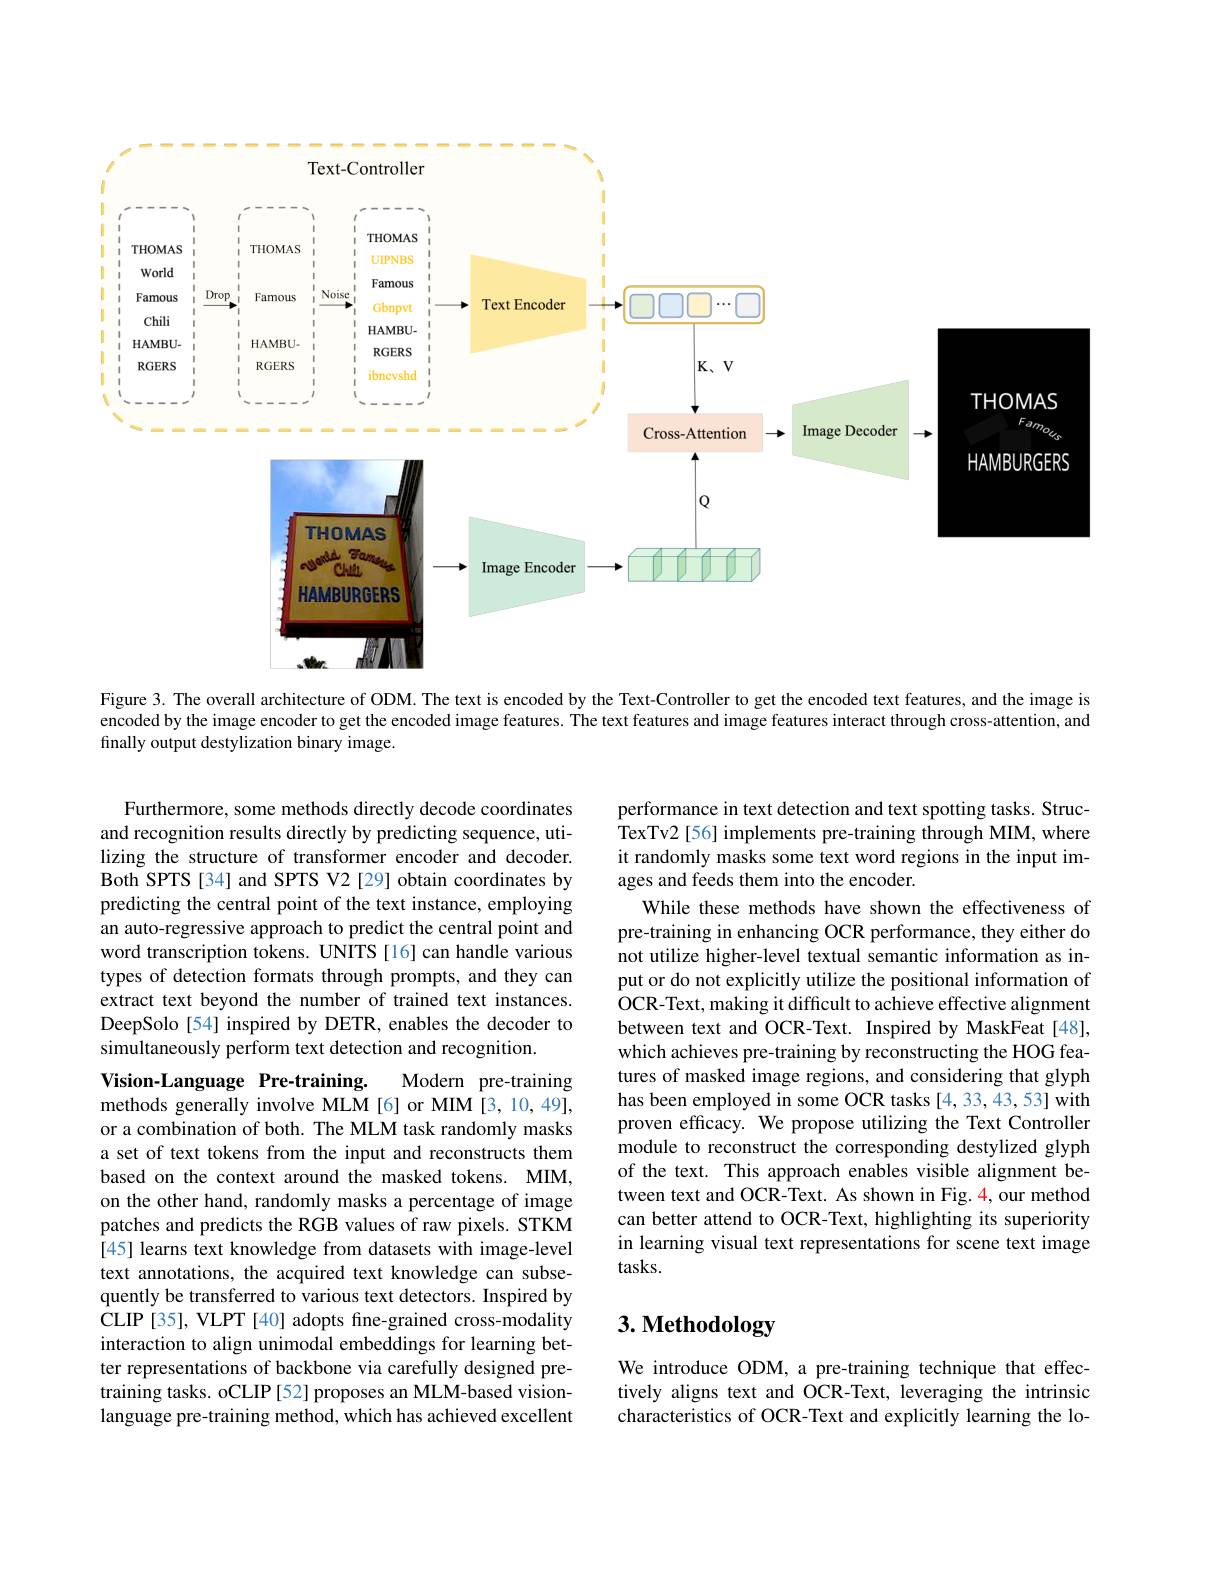
<FigureHere>

Figure 3. The overall architecture of ODM. The text is encoded by the Text-Controller to get the encoded text features, and the image is encoded by the image encoder to get the encoded image features. The text features and image features interact through cross-attention, and finally output destylization binary image.

performance in text detection and text spotting tasks. Struc- $\hat{\text{TexTv2[56] implements pre-training through MIM, where}}$ it randomly masks some text word regions in the input images and feeds them into the encoder.

Furthermore, some methods directly decode coordinates and recognition results directly by predicting sequence, utilizing the structure of transformer encoder and decoder. Both SPTS [34] and SPTS V2 [29] obtain coordinates by predicting the central point of the text instance, employing an auto-regressive approach to predict the central point and word transcription tokens. UNITS [16] can handle various types of detection formats through prompts, and they can extract text beyond the number of trained text instances. DeepSolo [54] inspired by DETR, enables the decoder to simultaneously perform text detection and recognition.

While these methods have shown the effectiveness of pre-training in enhancing OCR performance, they either do not utilize higher-level textual semantic information as input or do not explicitly utilize the positional information of OCR-Text, making it difficult to achieve effective alignment between text and OCR-Text. Inspired by MaskFeat[48], which achieves pre-training by reconstructing the HOG features of masked image regions, and considering that glyph has been employed in some OCR tasks [4,33,43,53] with proven efficacy. We propose utilizing the Text Controller module to reconstruct the corresponding destylized glyph of the text. This approach enables visible alignment between text and OCR-Text. As shown in Fig. 4, our method can better attend to OCR-Text, highlighting its superiority in learning visual text representations for scene text image tasks.

Vision-Language Pre-training.
Modern pre-training
methods generally involve MLM [6] or MIM [3,10,49], or a combination of both. The MLM task randomly masks a set of text tokens from the input and reconstructs them based on the context around the masked tokens. MIM, on the other hand, randomly masks a percentage of image patches and predicts the RGB values of raw pixels. STKM $\hat{[45]}$ learns text knowledge from datasets with image-level text annotations, the acquired text knowledge can subsequently be transferred to various text detectors. Inspired by CLIP [ 35] , VLPT [ 40] adopts fine- grained cross- modality interaction to align unimodal embeddings for learning better representations of backbone via carefully designed pretraining tasks. oCLIP [52] proposes an MLM-based visionlanguage pre-training method, which has achieved excellent

# 3. Methodology

We introduce ODM, a pre-training technique that effectively aligns text and OCR-Text, leveraging the intrinsic characteristics of OCR-Text and explicitly learning the lo-